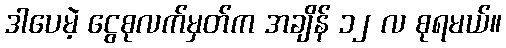
ဒါပေမဲ့ ငွေစုလက်မှတ်က အချိန် ၁၂ လ စုရမယ်။